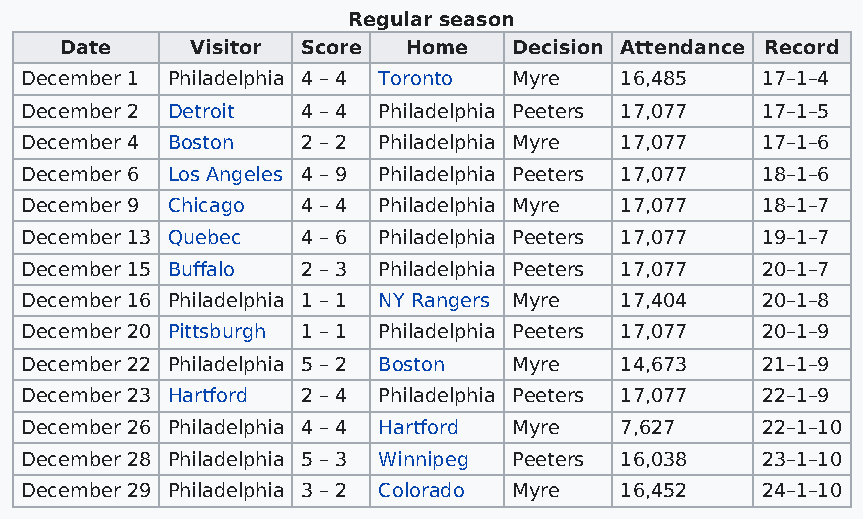
Regular season
 Date     Visitor Score Home   Decision Attendance Record
 December 1 Philadelphia 4 – 4 Toronto Myre 16,485 17–1–4
 December 2 Detroit 4 – 4 Philadelphia Peeters 17,077 17–1–5
 December 4 Boston  2 – 2 Philadelphia Myre 17,077 17–1–6
 December 6 Los Angeles 4 – 9 Philadelphia Peeters 17,077 18–1–6
 December 9 Chicago 4 – 4 Philadelphia Myre 17,077 18–1–7
 December 13 Quebec 4 – 6 Philadelphia Peeters 17,077 19–1–7
 December 15 Buffalo 2 – 3 Philadelphia Peeters 17,077 20–1–7
 December 16 Philadelphia 1 – 1 NY Rangers Myre 17,404 20–1–8
 December 20 Pittsburgh 1 – 1 Philadelphia Peeters 17,077 20–1–9
 December 22 Philadelphia 5 – 2 Boston Myre 14,673 21–1–9
 December 23 Hartford 2 – 4 Philadelphia Peeters 17,077 22–1–9
 December 26 Philadelphia 4 – 4 Hartford Myre 7,627 22–1–10
 December 28 Philadelphia 5 – 3 Winnipeg Peeters 16,038 23–1–10
 December 29 Philadelphia 3 – 2 Colorado Myre 16,452 24–1–10